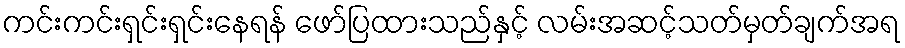
ကင်းကင်းရှင်းရှင်းနေရန် ဖော်ပြထားသည်နှင့် လမ်းအဆင့်သတ်မှတ်ချက်အရ